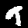
Label: 9